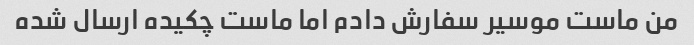
من ماست موسیر سفارش دادم اما ماست چکیده ارسال شده